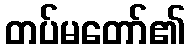
တပ်မတော်၏